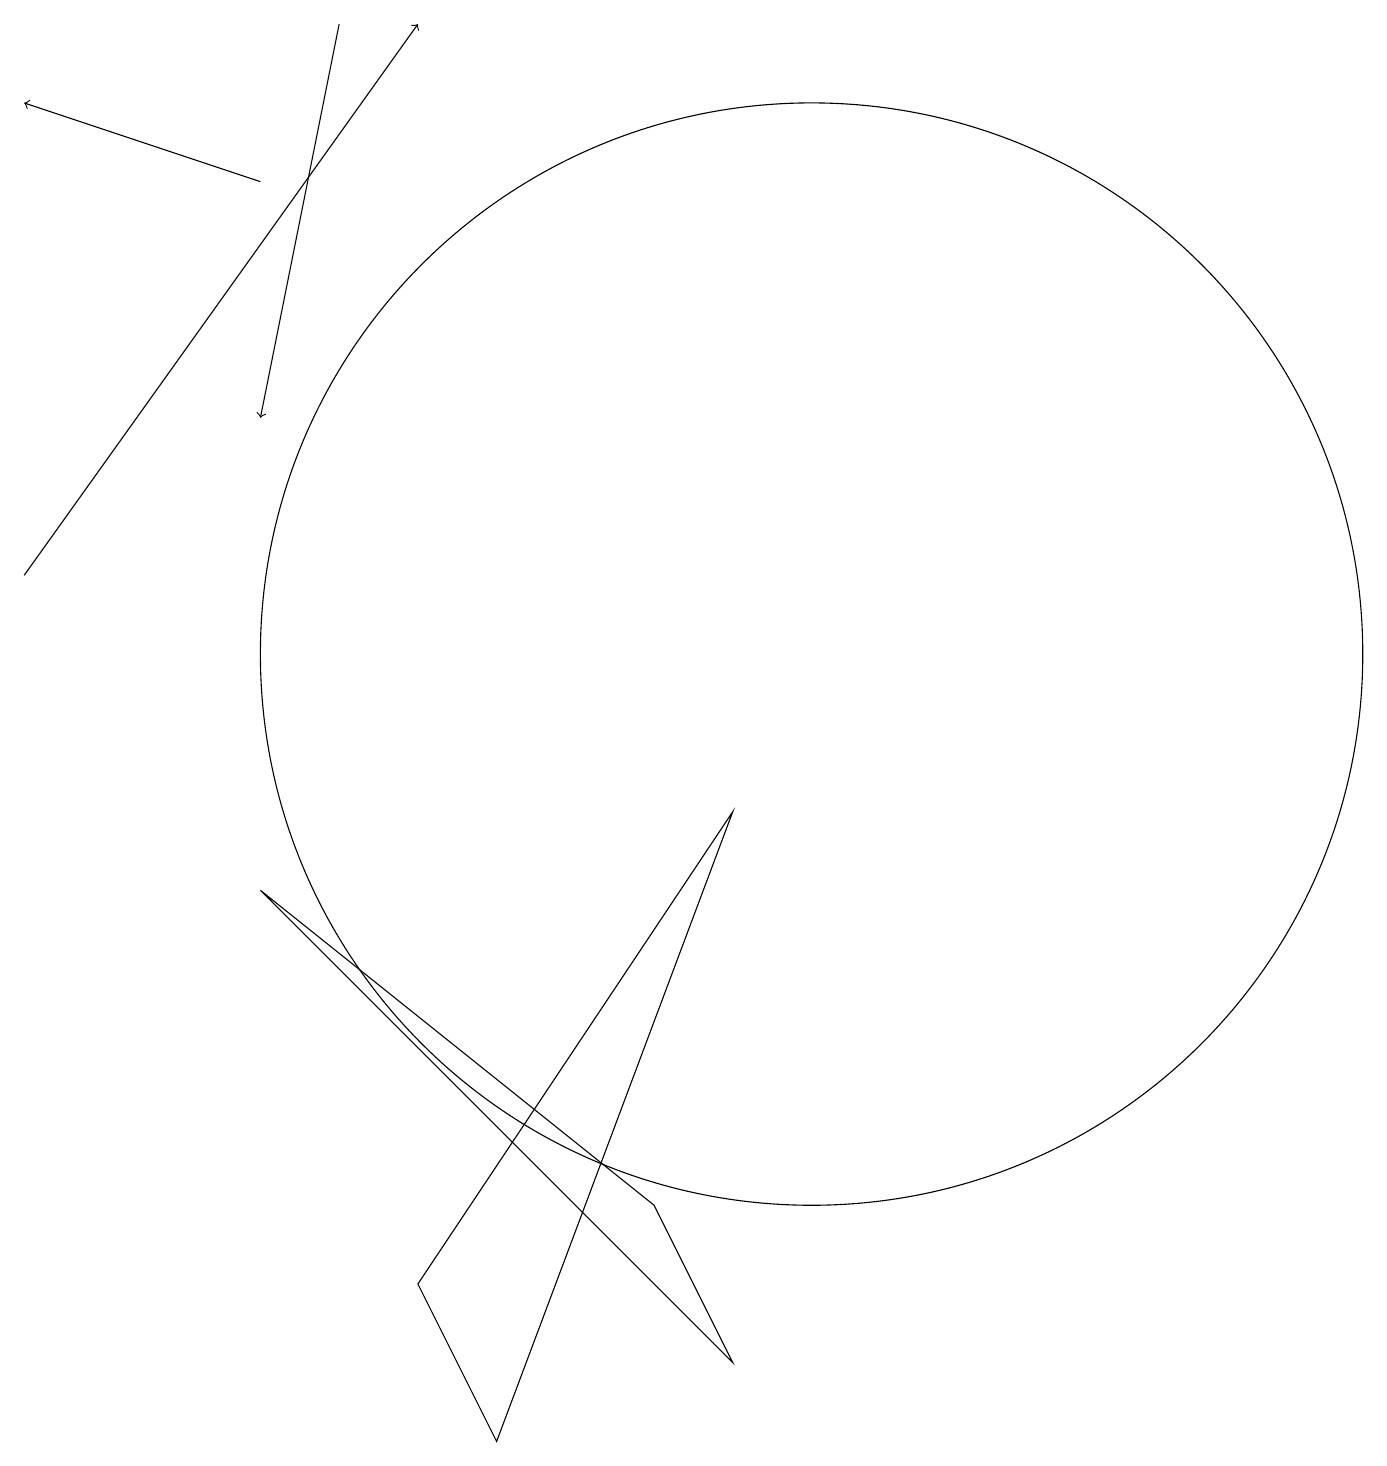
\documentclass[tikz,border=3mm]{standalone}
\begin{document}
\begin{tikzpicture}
\draw (5,3) -- (9,9) -- (6,1) -- cycle;
\draw[->] (0,12) -- (5,19);
\draw[->] (3,17) -- (0,18);
\draw (10,11) circle (7);
\draw (3,8) -- (8,4) -- (9,2) -- cycle;
\draw[->] (4,19) -- (3,14);
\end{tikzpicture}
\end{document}